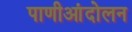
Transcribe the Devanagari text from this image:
पाणीआंदोलन